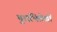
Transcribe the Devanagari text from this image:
पुराभिलेखों